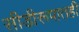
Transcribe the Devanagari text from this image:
सीडीरूपातही